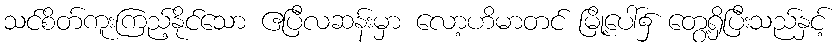
သင်စိတ်ကူးကြည့်နိုင်သော ဧပြီလဆန်းမှာ လော့ဟိမာတင် မြို့ပေါ်၌ တွေ့ရှိပြီးသည်နှင့်